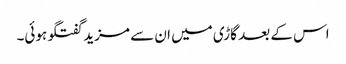
اس کے بعد گاڑی میں ان سے مزید گفتگو ہوئی۔